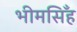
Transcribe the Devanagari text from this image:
भीमसिँह